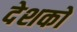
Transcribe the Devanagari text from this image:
देशको